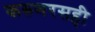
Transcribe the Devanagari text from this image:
करुणरसही